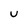
Character: u